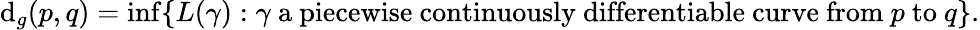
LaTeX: \mathrm{d}_{g}(p,q)=\operatorname*{inf}\{ L(\gamma):\gamma{\mathrm{{~a~piecewise~continuously~\mathrm{d}ifferentiable~curve~from~}}}p{\mathrm{{~to~}}}q\} .